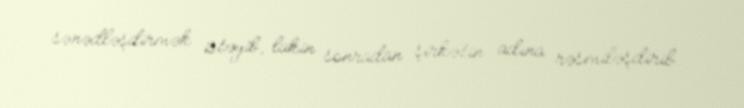
sənədləşdirmək istəyib, lakin sonradan şirkətin adına rəsmiləşdirib.